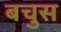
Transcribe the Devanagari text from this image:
बचुस